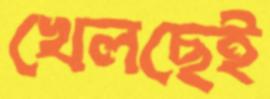
খেলছেই